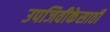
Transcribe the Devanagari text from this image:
उपजिवीकेसाठी